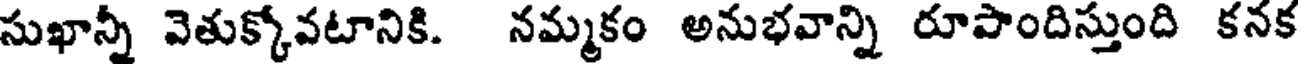
సుఖాన్నీ వెతుక్కోవటానికి. నమ్మకం అనుభవాన్ని రూపొందిస్తుంది కనక